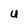
Character: U